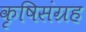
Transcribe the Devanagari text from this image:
कृषिसंग्रह